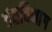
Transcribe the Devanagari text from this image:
दंतविभाग